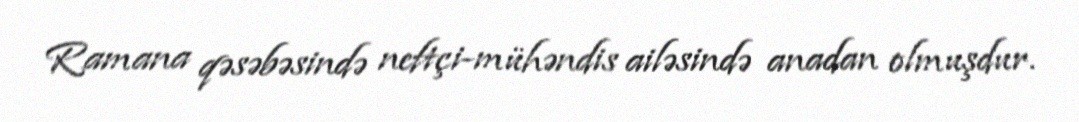
Ramana qəsəbəsində neftçi-mühəndis ailəsində anadan olmuşdur.